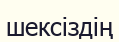
шексіздің